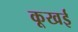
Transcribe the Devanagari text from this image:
कूखई